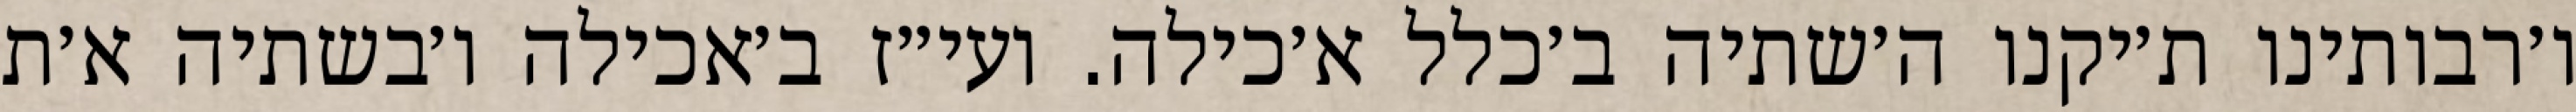
ו׳רבותינו ת׳יקנו ה׳שתיה ב׳כלל א׳כילה. ועי״ז ב׳אכילה ו׳בשתיה א׳ת